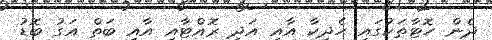
ދެން ހޮޓާތަކުގައި ހެދިކާ އާއި އަދި ރޮއްޓާއި އާއި ބަތް އަގު ބޮޑު